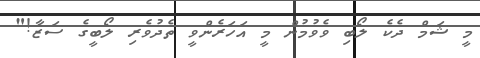
މީ ޝަމް ދެކެ ލޯބި ވެވުމުން މީ އަހަރެންވީ ތެދުވެރި ލޯބީގެ ސަޒާ!"